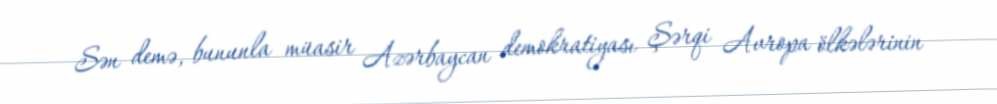
Sən demə, bununla müasir Azərbaycan demokratiyası Şərqi Avropa ölkələrinin